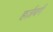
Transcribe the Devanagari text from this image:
हर्ज़बर्ग